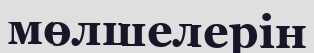
мөлшелерін